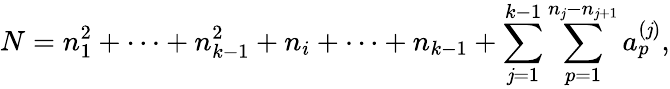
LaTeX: N=n_{1}^{2}+\cdots+n_{k-1}^{2}+n_{i}+\cdots+n_{k-1}+\sum_{\mathit{j}=1}^{k-1}\sum_{p=1}^{n_{\mathit{j}}-n_{\mathit{j}+1}}a_{p}^{(\mathit{j})},